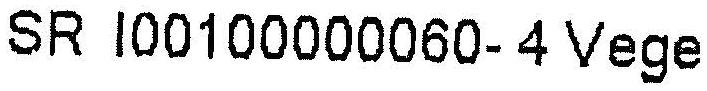
SR I00100000060- 4 VEGE